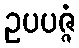
ဥပပဇ္ဇံ